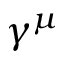
\gamma ^ { \mu }